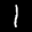
Label: 1